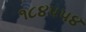
૧૮૪૫૫૪